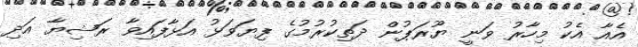
އެއާ އެކު މިހާރު ވަނީ ޔޫރަޕުން ދަތިކުރުމުގެ ފިޔަވަޅު އަޅާފައިވާ ރަޝިޔާ އަދި